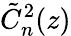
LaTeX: \tilde{C}_{n}^{2}(z)